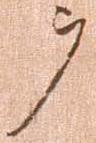
ヲ